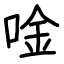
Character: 唫